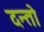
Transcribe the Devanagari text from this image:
दन्तो